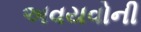
અવયવોની